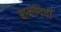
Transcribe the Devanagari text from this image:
बानगियाँ